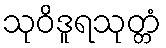
သုဝိဒူရသုတ္တံ